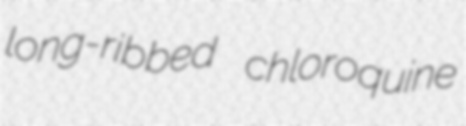
long-ribbed chloroquine